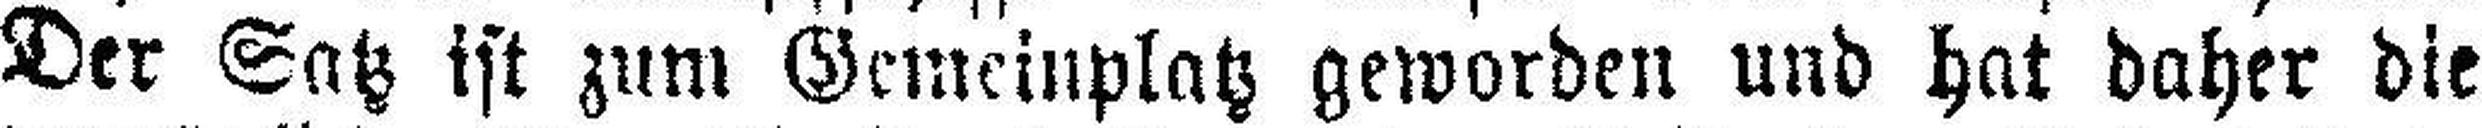
Der Satz ist zum Gemeinplatz geworden und hat daher die